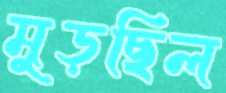
মুড়ছিল